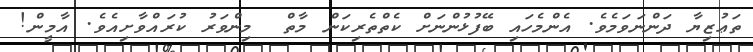
ތަޢުޒިޔާ ދަންނަވަމެވެ. އެންމެހައި ބޭފުޅުންނަށް ކެތްތެރިކަން މާތް  މިންވަރު ކުރައްވާށިއެވެ. އާމީން!